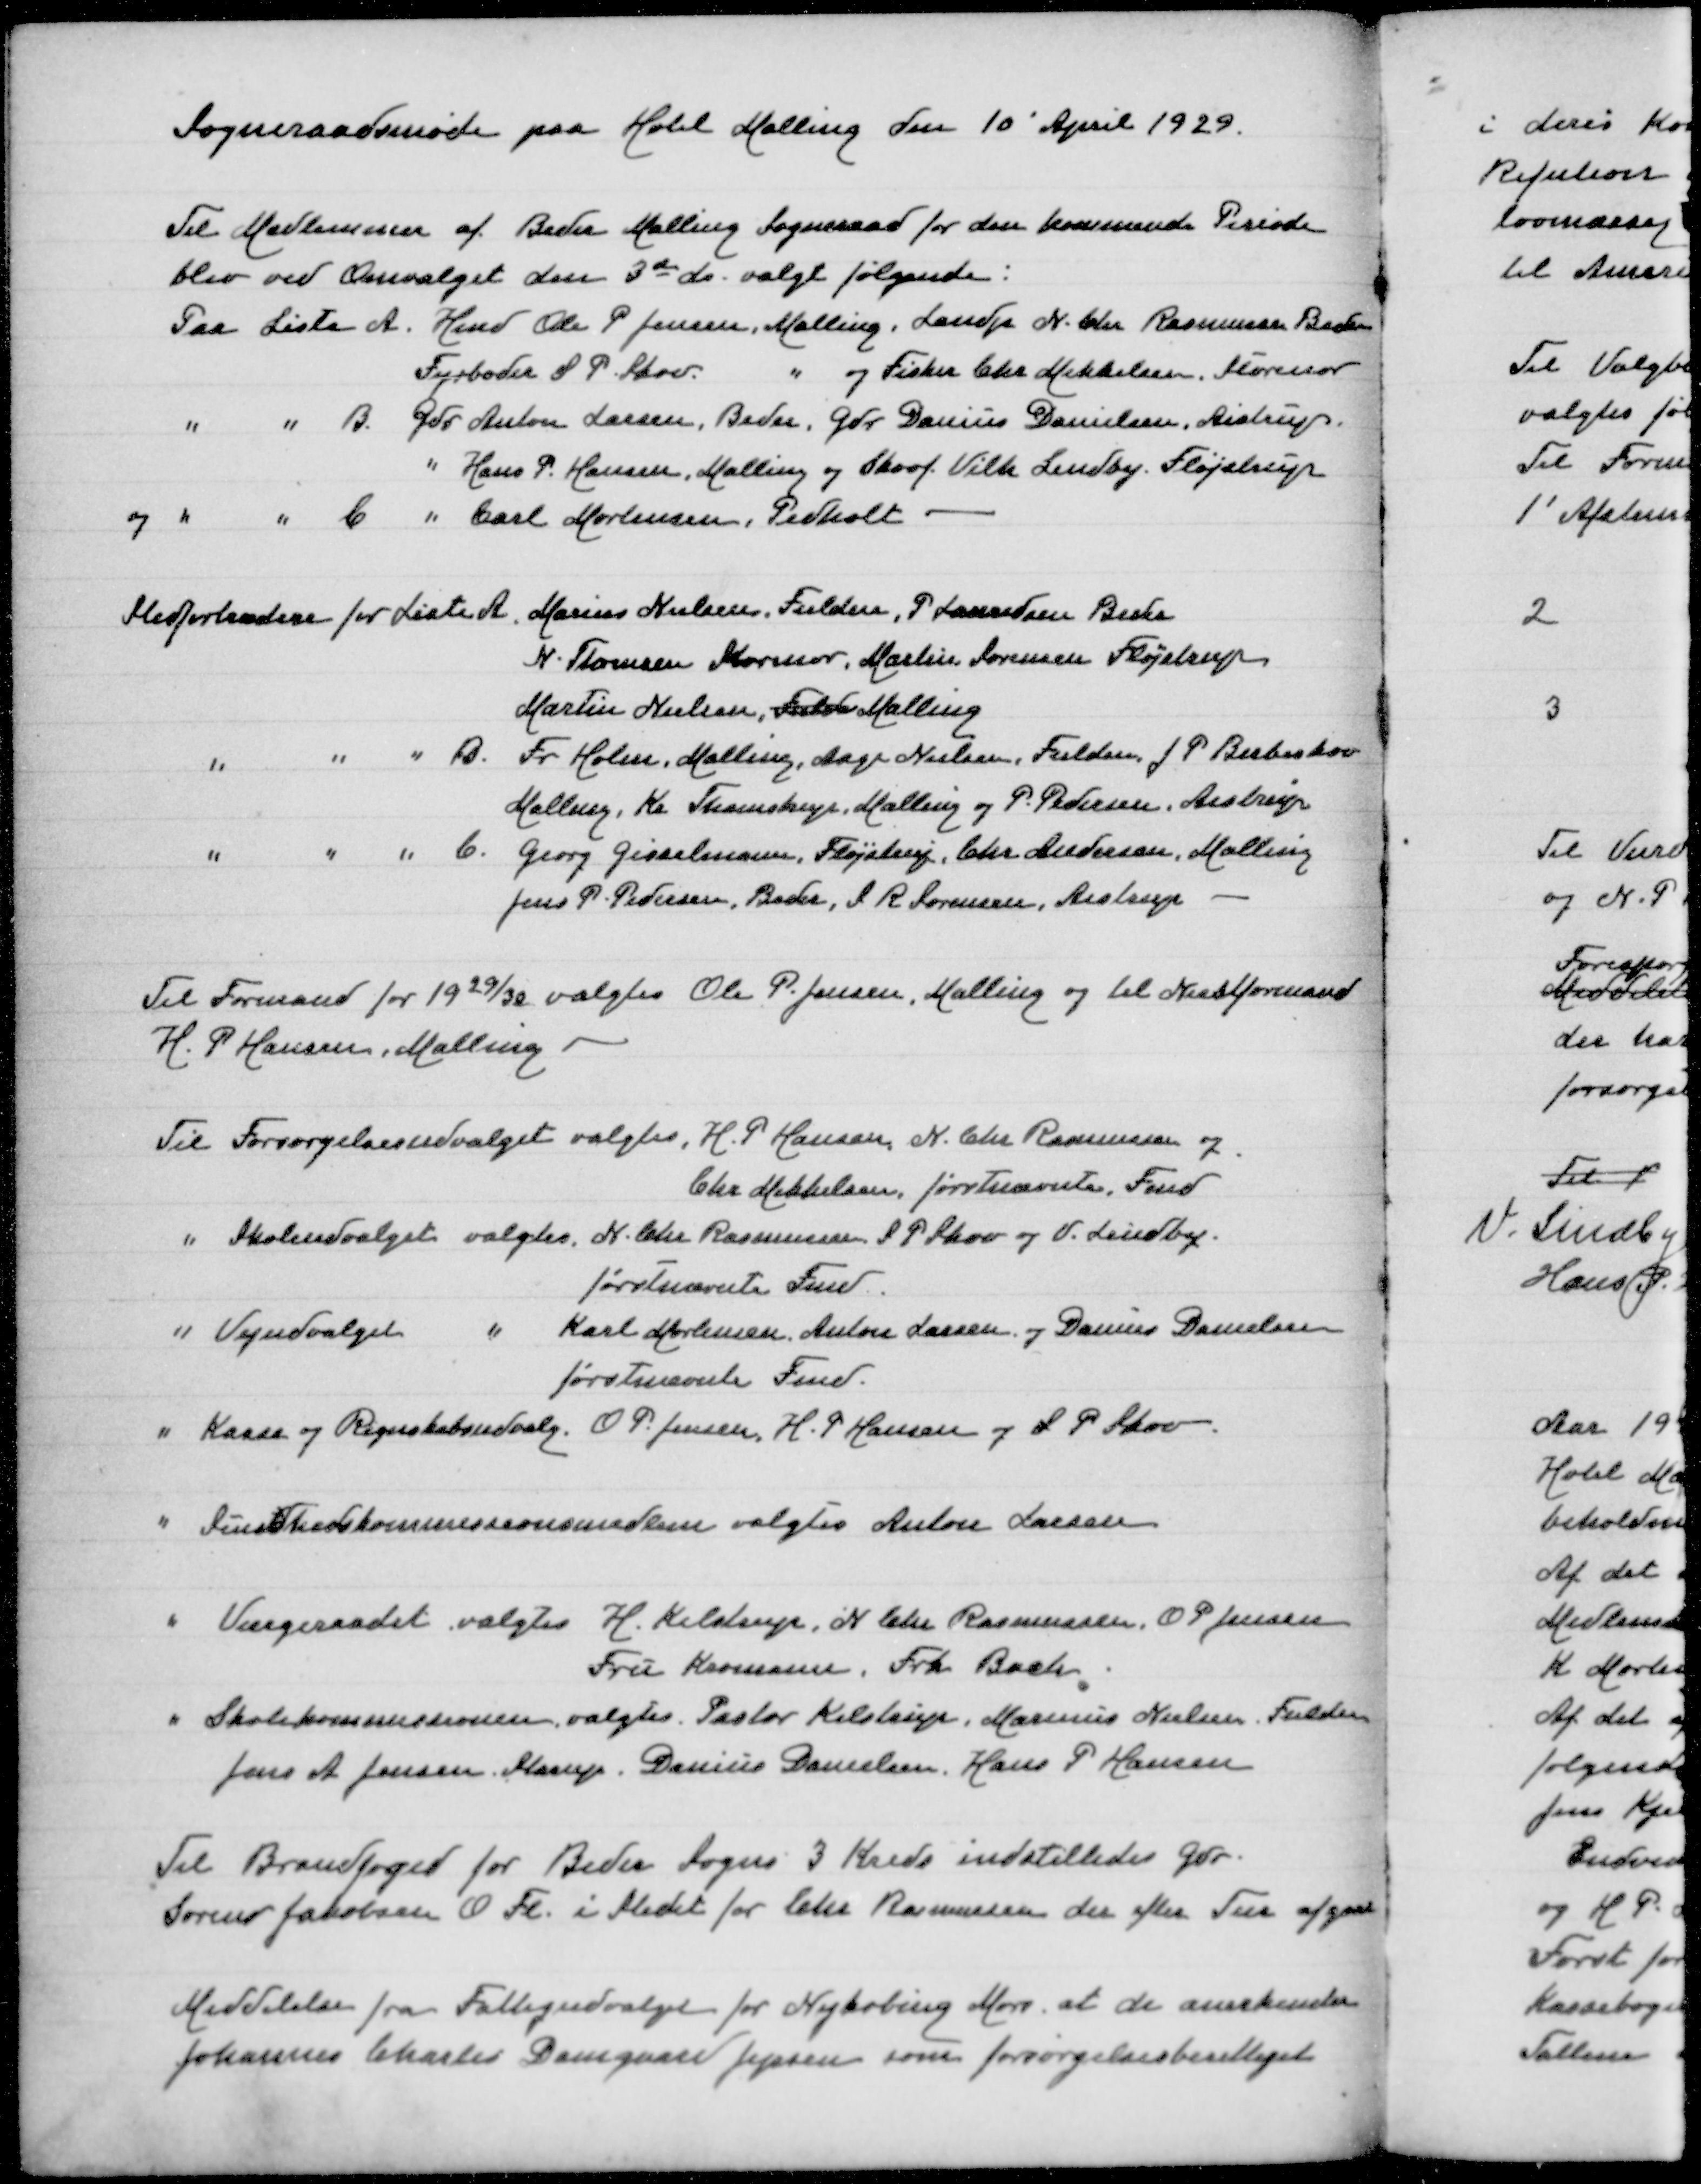
Transskription:
Sogneraadsmøde paa Hotel Malling den 10' April 1929

Til Medlemmer af Beder Malling Sogneraad for den kommende Periode
blev ved Omvalget den 3de ds valgt følgende
Paa Liste A Hmd Ole P Jensen Malling, Landp N Chr Rasmussen Beder
Fyrbøder S P Skov " og Fisker Chr Mikkelsen Storenor
" " B Gdr Anton Larsen, Beder, Gdr Danius Danielsen, Aistrup
" Hans P Hansen, Malling og Skovf Vilh Lundby Fløjstrup
og " " C " Carl Mortensen, Pedholt

Stedfortrædere for Liste A Marius Nielsen, Fulden, P Lauridsen Beder
N Thomsen Storenor, Martin Sørensen Fløjstrup
Martin Nielsen Fulde Malling
" " " B Fr Holm, Malling, Aage Nielsen, Fulden J P Birkeskov
Malling, Kr Thomstrup Malling og P Pedersen, Aistrup
" " " C Georg Gisselmann, Fløjstrup, Chr Andersen, Malling
Jens P Pedersen, Beder, Sørensen Aistrup
Tiæ Formand for 1929/30 valgtes Ole P Jensen, Malling og til Næstformand
H P Hansen, Malling
Til Forsørgelsesudvalget valgtes, H P Hansen, N Chr Rasmussen og
Chr Mikkelsen, førstnævnte Fmd
" Skoleudvalget valgtes N Chr Rasmussen S P Skov og V Lindby
førstnævnte Fmd
" Vejudvalget " Karl Mortensen, Anton Jensen og Danius Danielsen
førstnævnte Fmd
" Kasse og Regnskabsudvalg O P Jensen, H P Hansen og S P Skov
" Sunddhedskommisionsmedlem valgtes Anton Larsen
" Værgeraadet valgtes H Kelstrup, N Chr Rasmussen, O P Jensen
Fru Kromann, Frk Bach
" Skolekommissionen valgtes Pastor Kelstrup, Marinus Nielsen, Fulden
Jens A Jensen, Starup, Danius Danielsen Hans P Hansen
Til Brandfoged for Beder Sogns 3 Kreds indstilledes Gdr
Søren Jakobsen O Fl i Stedet for Chr Rasmussen der efter Tur afgaar
Meddelelse fra Fattigudvalget for Nykøbing Mors at de anerkender
Johannes Charles Damgaard Jepsen som forsørgelsesberettiget